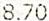
8.70